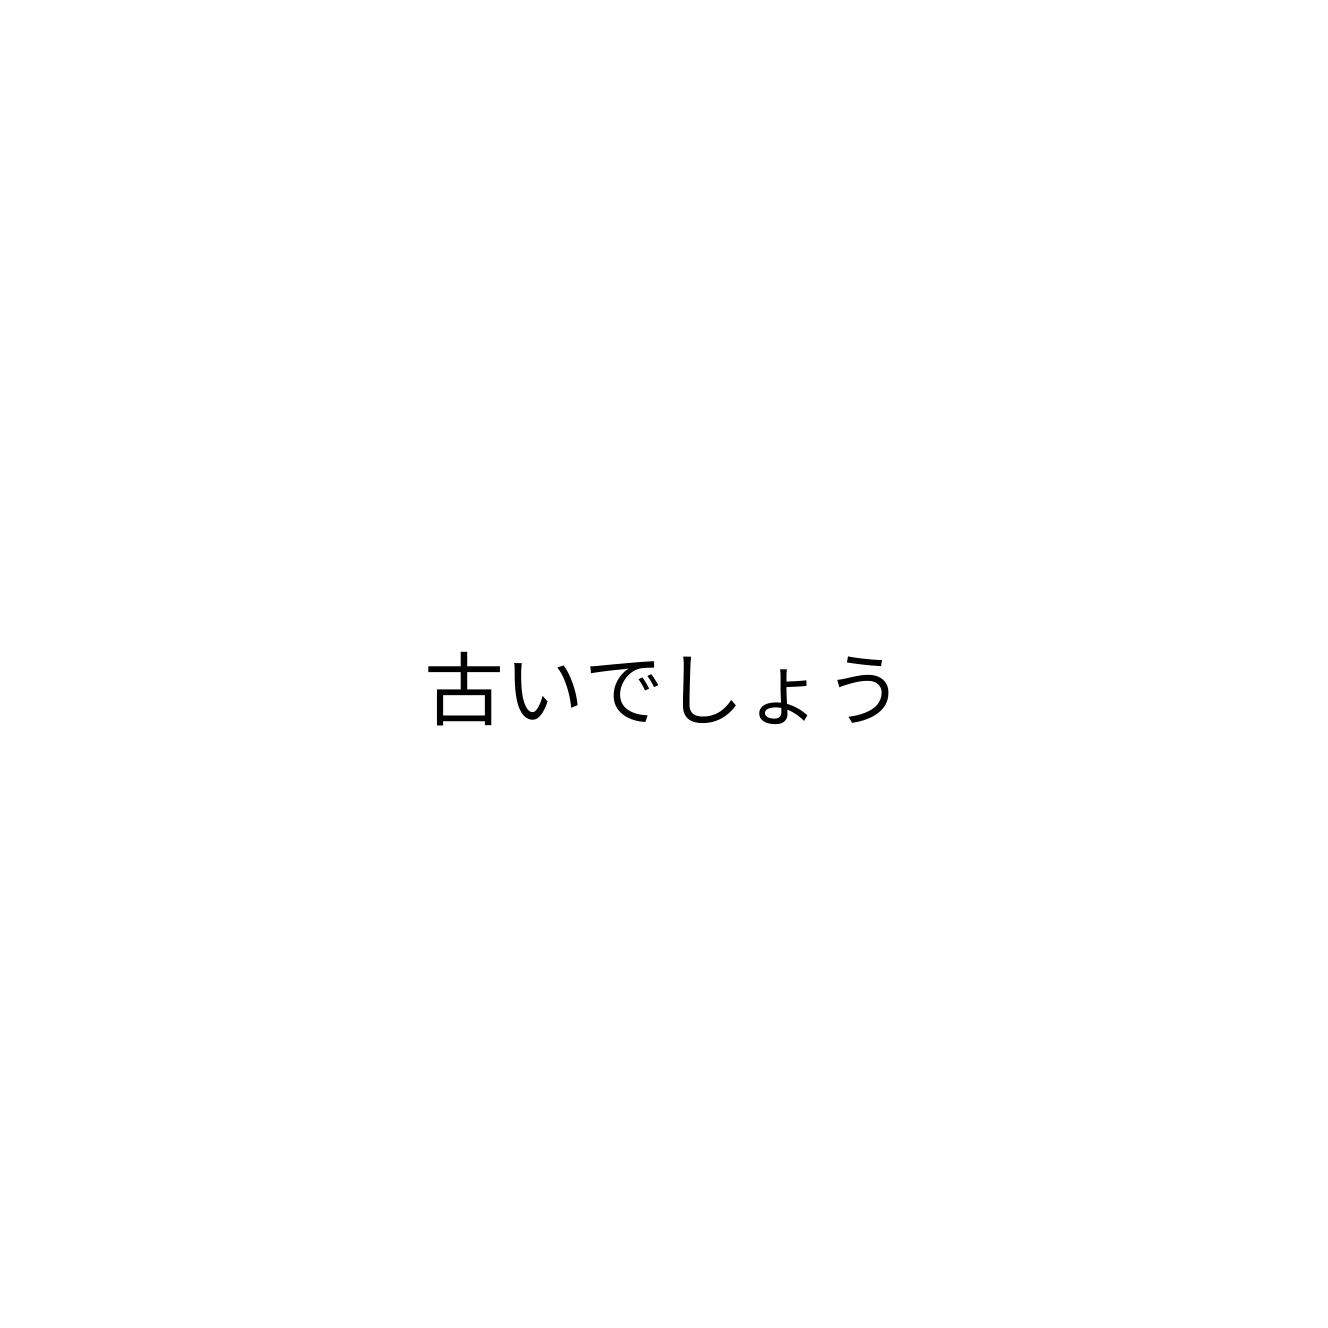
古いでしょう